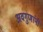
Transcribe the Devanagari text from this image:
अवगुणांनी